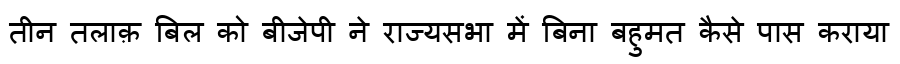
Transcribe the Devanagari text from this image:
तीन तलाक़ बिल को बीजेपी ने राज्यसभा में बिना बहुमत कैसे पास कराया